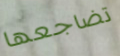
تضاجعها